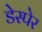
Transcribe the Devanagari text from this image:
डेस्पेर